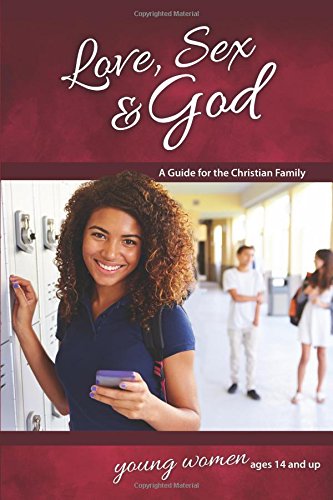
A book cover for Love, Sex & God: For Young Women Ages 14 and Up - Learning About Sex; Bill Ameiss; Teen & Young Adult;